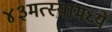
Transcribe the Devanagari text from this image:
४३मत्स्यामध्यें